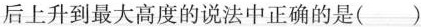
后上升到最大高度的说法中正确的是（ ）